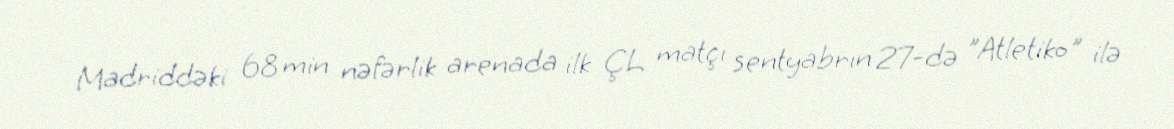
Madriddəki 68 min nəfərlik arenada ilk ÇL matçı sentyabrın 27-də "Atletiko" ilə